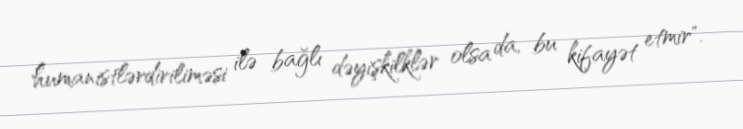
humanistlərdiriliməsi ilə bağlı dəyişkilklər olsa da, bu kifayət etmir".